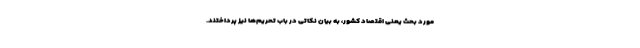
مورد بحث یعنی اقتصاد کشور، به بیان نکاتی در باب تحریم‌ها نیز پرداختند.